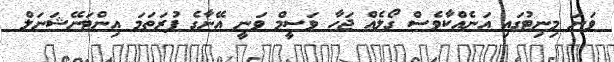
ވަނަ މިނިޓުގައި އަނެއްކާވެސް ގޯލެއް ޖަހާ ވަސީމް ވަނީ އޭނާގެ ފުރަތަމަ އިންޓަނޭޝަނަލް